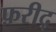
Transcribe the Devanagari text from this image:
फ़रीद्